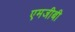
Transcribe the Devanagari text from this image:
एमजीबी